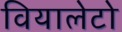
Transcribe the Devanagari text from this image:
वियालेटो